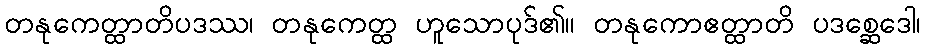
တနုကေတ္ထာတိပဒဿ၊ တနုကေတ္ထ ဟူသောပုဒ်၏။ တနုကောဧတ္ထာတိ ပဒစ္ဆေဒေါ၊